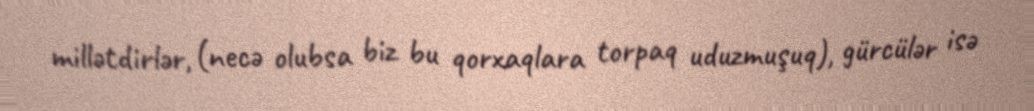
millətdirlər, (necə olubsa biz bu qorxaqlara torpaq uduzmuşuq), gürcülər isə